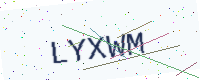
Text: LYXWM